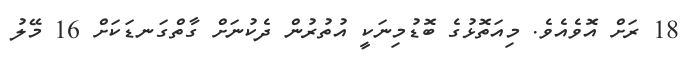
18 ރަށް އޮވެއެވެ. މިއަތޮޅުގެ ބޮޑުމިނަކީ އުތުރުން ދެކުނަށް ގާތްގަނޑަކަށް 16 މޭލު